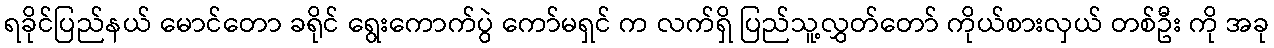
ရခိုင်ပြည်နယ် မောင်တော ခရိုင် ရွေးကောက်ပွဲ ကော်မရှင် က လက်ရှိ ပြည်သူ့လွှတ်တော် ကိုယ်စားလှယ် တစ်ဦး ကို အခု